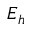
E _ { h }